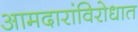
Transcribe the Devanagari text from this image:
आमदारांविरोधात